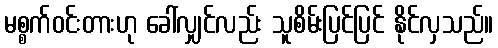
မစ္စက်ဝင်းတားဟု ခေါ်လျှင်လည်း သူစိမ်းပြင်ပြင် နိုင်လှသည်။